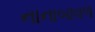
નાનાબાવળ